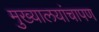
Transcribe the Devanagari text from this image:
मुख्यालयांचापण